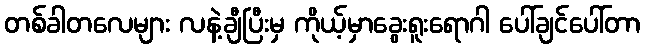
တစ်ခါတလေများ လနဲ့ချီပြီးမှ ကိုယ့်မှာခွေးရူးရောဂါ ပေါ်ချင်ပေါ်တာ